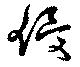
侵